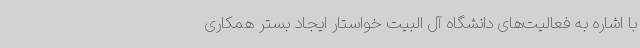
با اشاره به فعالیت‌های دانشگاه آل البیت خواستار ایجاد بستر همکاری